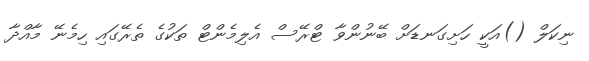
ނިކަލް ()އަކީ ހަށިގަނޑަށް ބޭނުންވާ ޓްރޭސް އެލިމެންޓް ތަކުގެ ތެރޭގައި ހިމެނޭ މާއްދާ